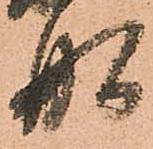
舩